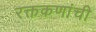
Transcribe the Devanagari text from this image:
रक्तकणांची